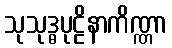
သုသုဒ္ဓပုဠိနာကိဏ္ဏာ